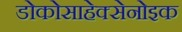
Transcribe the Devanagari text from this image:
डोकोसाहेक्सेनोइक